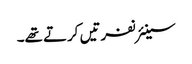
سینئر نفرتیں کرتے تھے۔